Vaccine operations Central Provinces & Berar 1922-1929 - 1922-1929
Year: 1922
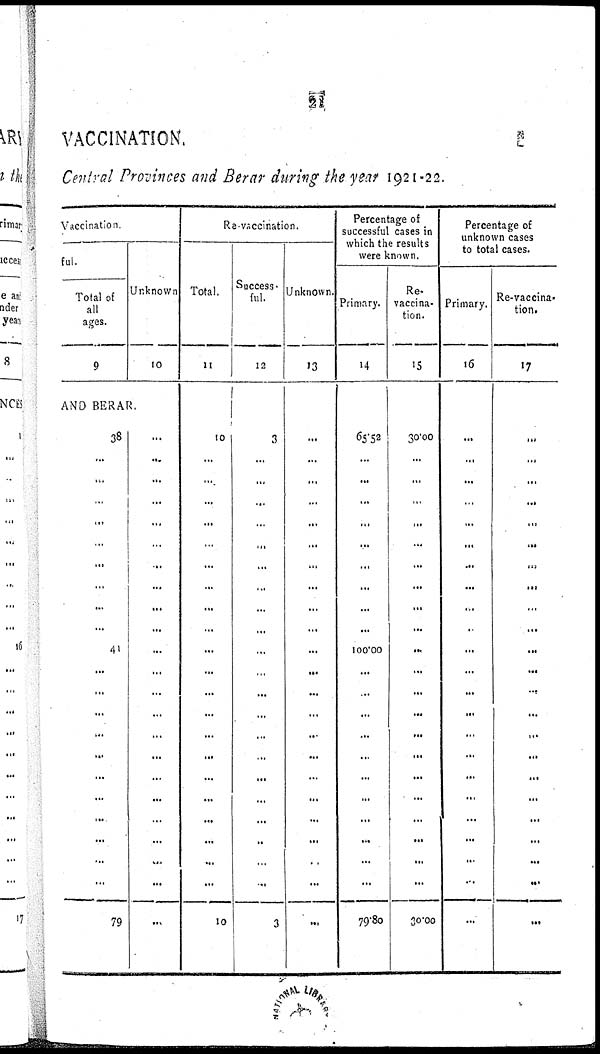
21
VACCINATION.
Central Provinces and Berar during the year 1921-22.
Vaccination.
ful.
Total of
all
ages.
9
Unknown
10
AND BERAR.
38
...
...
...
...
...
...
...
...
...
41
...
...
...
...
...
...
...
...
...
...
...
79
...
...
...
...
...
...
...
...
...
...
...
...
...
...
...
...
...
...
...
...
...
...
...
Re-vaccination.
Total.
11
10
...
...
...
...
...
...
...
...
...
...
...
...
...
...
...
...
...
...
...
...
...
10
Success¬
ful.
12
3
...
...
...
...
...
...
...
...
...
...
...
...
...
...
...
...
...
...
...
...
...
3
Unknown.
13
...
...
...
...
...
...
...
...
...
...
...
...
...
...
...
...
...
...
...
...
...
...
...
Percentage of
successful cases in
which the results
were known.
Primary.
14
65.52
...
...
...
...
...
...
...
...
...
100.00
...
...
...
...
...
...
...
...
...
...
...
79.80
Re¬
vaccina-
tion.
15
30.00
...
...
...
...
...
...
...
...
...
...
...
...
...
...
...
...
...
...
...
...
...
30.00
Percentage of
unknown cases
to total cases.
Primary.
16
...
...
...
...
...
...
...
...
...
...
...
...
...
...
...
...
...
...
...
...
...
...
...
Re-vaccina-
tion.
17
...
...
...
...
...
...
...
...
...
...
...
...
...
...
...
...
...
...
...
...
...
...
...